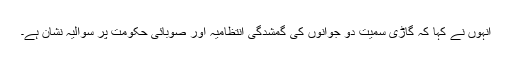
انہوں نے کہا کہ گاڑی سمیت دو جوانوں کی گمشدگی انتظامیہ اور صوبائی حکومت پر سوالیہ نشان ہے۔